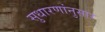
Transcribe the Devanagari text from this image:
सुधारणांनुसार